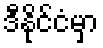
ဒီနိုင်ငံမှာ